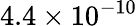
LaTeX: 4.4\times 10^{-10}